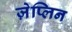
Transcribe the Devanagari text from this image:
ज़ेप्लिन